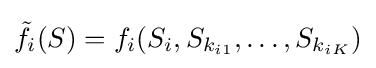
{\tilde {f}}_{i}(S)=f_{i}(S_{i},S_{k_{i1}},\dots ,S_{k_{iK}})